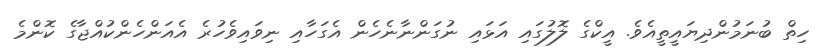
ހިތް ބުނަމުންދިޔައީތީއެވެ. އީކްގެ ލޮލުގައި އަޅައި ނުގަންނާނެހެން އެގަހާއި ނިވައިވެހުރެ އެއަންހެންކުއްޖާގެ ކޮންމެ